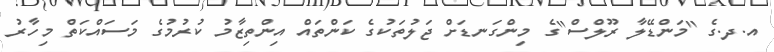
އ.ދ.ގެ "މަންޑޭލާ ރޫލްސް"ގެ މިންގަނޑަށް ޖަލުތަކުގެ ކަންތައް އިންތިޒާމު ކުރުމުގެ މަސައްކަތް މިހާރު